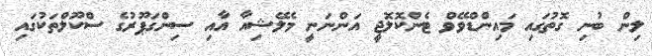
ލިން ބުނި ގޮތުގައި މައިންޑްވޭވް ޓެންކޮލޮޖީ އަންނަނީ މެލޭޝިއާ އާއި ސިންގަޕޫރުގެ ސްކޫލްތަކުގައި